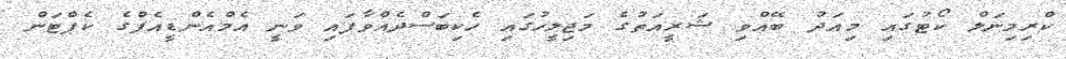
ކްރިމިނަލް ކޯޓުގައި މިއަދު ބޭއްވި ޝަރީއަތުގެ މަޖިލީހުގައި ހެކިބަސްދެއްވާފައި ވަނީ އެމްއެންޑީއެފްގެ ކެޕްޓަން